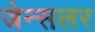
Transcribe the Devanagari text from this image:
जेन्सलर